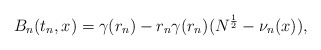
\begin{align*}B_n(t_n,x)=\gamma (r_n)-r_n\gamma (r_n)(N^{\frac{1}{2}}-\nu_n(x)), \end{align*}